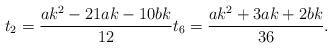
LaTeX: \begin{align*}t_{2} = \frac{ak^{2}-21ak-10bk}{12} t_{6} = \frac{ak^{2}+3ak+2bk}{36}.\end{align*}